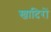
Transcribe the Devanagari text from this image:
खादिरों